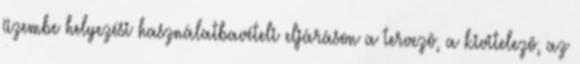
üzembe helyezési használatbavételi eljáráson a tervezõ, a kivitelezõ, az